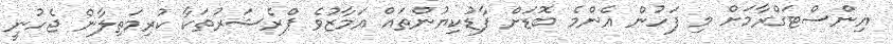
އިންސްޓަގްރާމަށް މި ފަހުން އެންމެ ބޮޑަށް ފާޑުކިޔުންތައް އަމާޒުވެ ޕްރެޝަރުތަކާ ކުރިމަތިލާން ޖެހުނީ